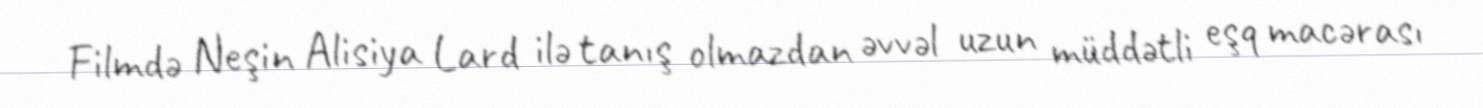
Filmdə Neşin Alisiya Lard ilə tanış olmazdan əvvəl uzun müddətli eşq macərası